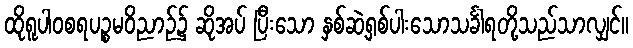
ထိုရူပါဝစရပဉ္စမဝိညာဉ်၌ ဆိုအပ် ပြီးသော နှစ်ဆဲ့ရှစ်ပါးသောသင်္ခါရတို့သည်သာလျှင်။